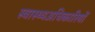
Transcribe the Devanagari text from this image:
स्वास्थ्यअधिकारियों